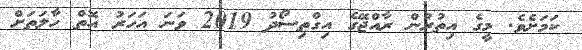
ކަމަށެވެ. މީގެ އިތުރުން ރާއްޖޭގެ އިގްތިސޯދު 2019 ވަނަ އަހަރު އޮތް ހާލަތަށް